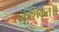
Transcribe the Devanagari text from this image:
सकृत्शकृत्॥